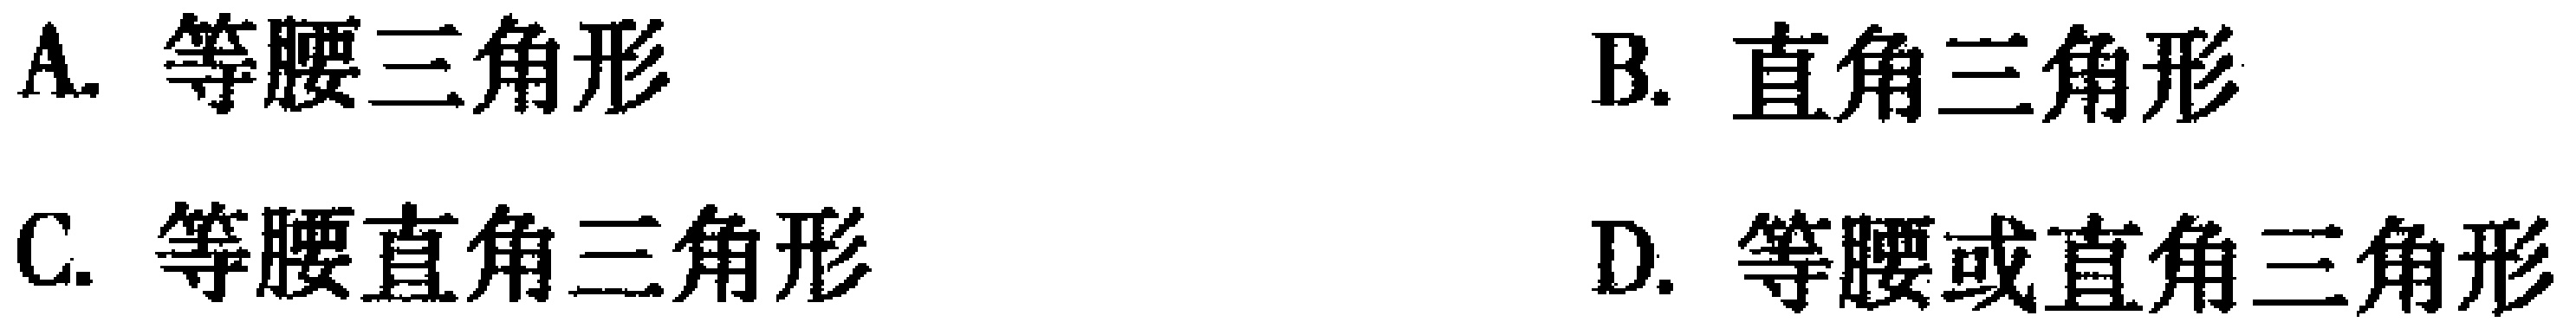
A. 等腰三角形
B. 直角三角形
C. 等腰直角三角形
D. 等腰或直角三角形